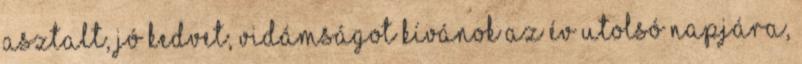
asztalt, jó kedvet, vidámságot kívánok az év utolsó napjára,